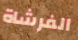
الفرشاة